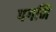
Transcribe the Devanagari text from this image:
पगनि